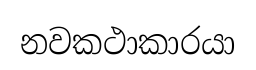
නවකථාකාරයා